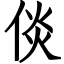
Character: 倓